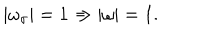
| \omega _ { \sigma } | = 1 \Rightarrow | \omega | = 1 .